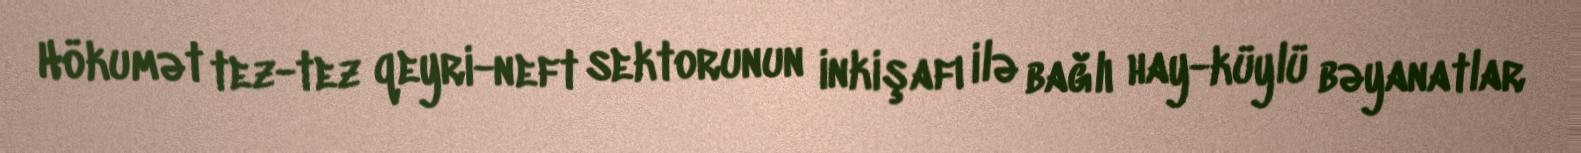
Hökumət tez-tez qeyri-neft sektorunun inkişafı ilə bağlı hay-küylü bəyanatlar